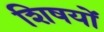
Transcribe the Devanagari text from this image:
शिषयों